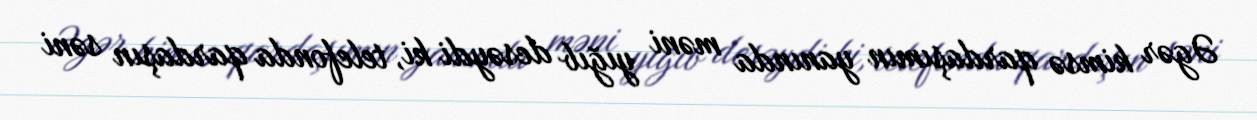
Əgər kimsə qardaşımın yanında məni yığıb desəydi ki, telefonda qardaşın səni